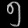
Digit: ၅